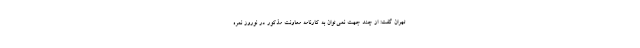
تهران گفت: از چند جهت نمی‌توان به کارنامه معاونت مذکور در نوروز نمره